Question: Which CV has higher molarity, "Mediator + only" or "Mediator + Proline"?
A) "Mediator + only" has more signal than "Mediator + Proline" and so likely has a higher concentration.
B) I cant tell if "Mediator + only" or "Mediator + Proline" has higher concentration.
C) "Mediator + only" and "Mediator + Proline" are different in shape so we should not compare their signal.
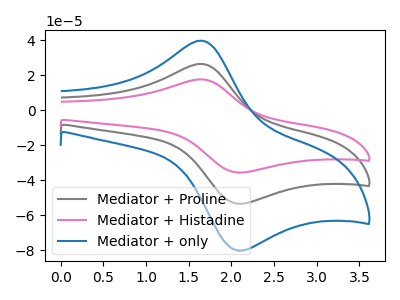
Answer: <think>The gray curve "Mediator + Proline" has an anodic peak at (1.65V, 26.50uA) and a cathodic peak at (2.05V, -53.30uA). The pink curve "Mediator + Histadine" has an anodic peak at (1.65V, 53.00uA) and a cathodic peak at (2.05V, -106.60uA). The blue curve "Mediator + only" has an anodic peak at (1.65V, 39.75uA) and a cathodic peak at (2.05V, -80.00uA).
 All the peaks in "Mediator + only" have a peak in "Mediator + Proline" at the same potential. Every peak in "Mediator + only" is higher than every peak in "Mediator + Proline".</think>
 <answer>A) "Mediator + only" has more signal than "Mediator + Proline" and so likely has a higher concentration.</answer>
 <eval>A</eval>